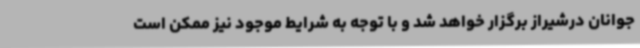
جوانان درشیراز برگزار خواهد شد و با توجه به شرایط موجود نیز ممکن است